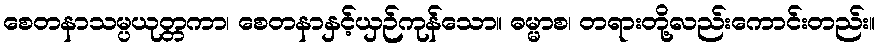
စေတနာသမ္ပယုတ္တကာ၊ စေတနာနှင့်ယှဉ်ကုန်သော။ ဓမ္မာစ၊ တရားတို့လည်းကောင်းတည်း။